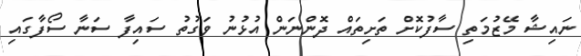
ނައިޝާ މޭޒުމަތި ސާފުކޮށް ތަށިތައް ދޮންނަން އުޅުނު ވަގުތު ސައިިފާ ސަނާ ސޯފާގައި